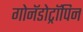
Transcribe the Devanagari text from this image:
गोनॅडोट्रॉपिन